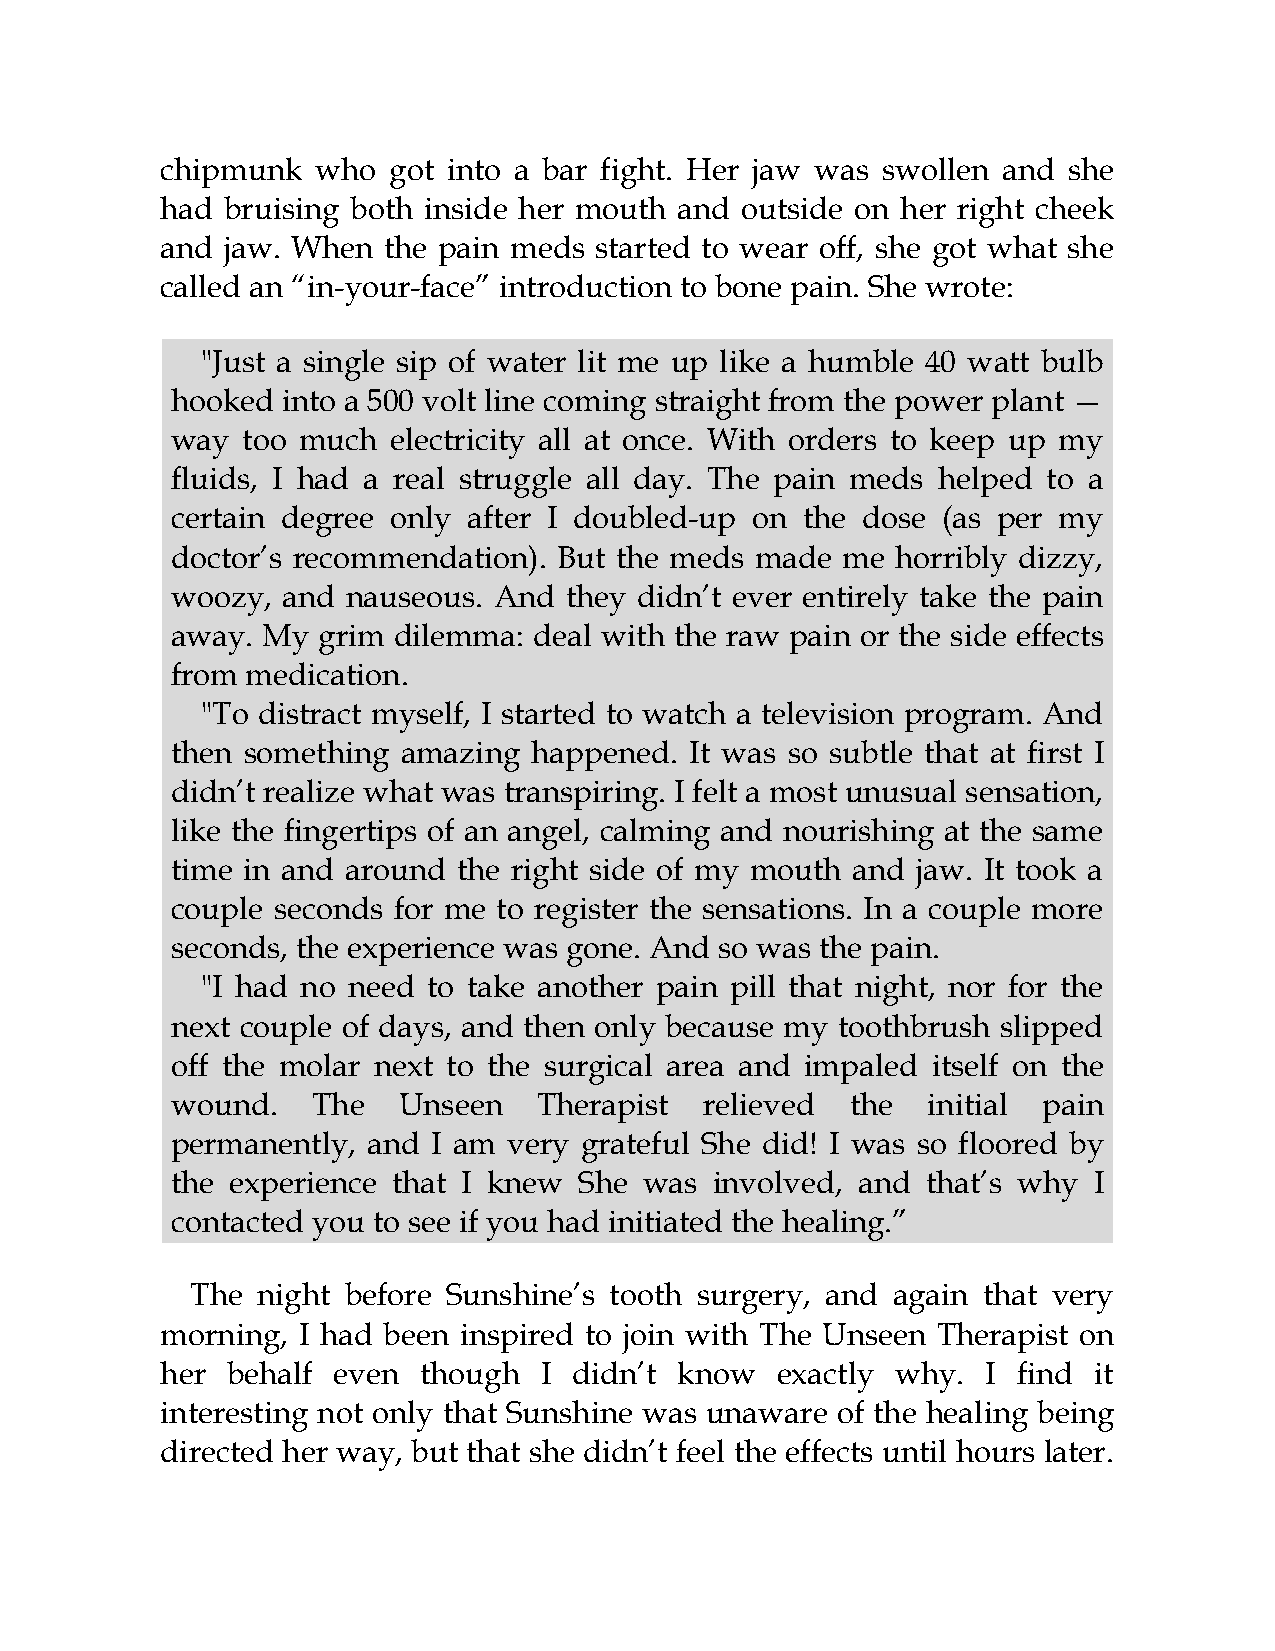
chipmunk  who  got into a bar fight. Her jaw was swollen and she
 had bruising both inside her mouth and outside on her right cheek
 and jaw. When the pain meds started to wear off, she got what she
 called an “in-your-face” introduction to bone pain. She wrote:
 "Just a single sip of water lit me up like a humble 40 watt bulb
 hooked  into a 500 volt line coming straight from the power plant —
 way  too much  electricity all at once. With orders to keep up my
 fluids, I had a real struggle all day. The pain meds helped to a
 certain degree only after I doubled-up on the dose (as per my
 doctor’s recommendation). But the meds made  me horribly dizzy,
 woozy,  and nauseous. And they didn’t ever entirely take the pain
 away. My  grim dilemma: deal with the raw pain or the side effects
 from medication.
 "To distract myself, I started to watch a television program. And
 then something  amazing happened.  It was so subtle that at first I
 didn’t realize what was transpiring. I felt a most unusual sensation,
 like the fingertips of an angel, calming and nourishing at the same
 time in and around the right side of my mouth and jaw. It took a
 couple seconds for me to register the sensations. In a couple more
 seconds, the experience was gone. And so was the pain.
 "I had no need to take another pain pill that night, nor for the
 next couple of days, and then only because my toothbrush slipped
 off the molar next to the surgical area and impaled itself on the
 wound.    The  Unseen    Therapist  relieved the  initial pain
 permanently, and  I am very grateful She did! I was so floored by
 the experience that I knew She  was involved, and that’s why I
 contacted you to see if you had initiated the healing.”
 The night before Sunshine’s tooth surgery, and again that very
 morning, I had been inspired to join with The Unseen Therapist on
 her behalf even  though  I didn’t know  exactly why.  I find it
 interesting not only that Sunshine was unaware of the healing being
 directed her way, but that she didn’t feel the effects until hours later.